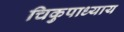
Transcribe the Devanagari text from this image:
चिकुपाध्याय